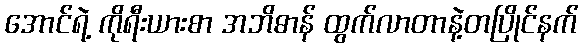
အောင်ရဲ့ ကိုရီးယားစာ အဘိဓာန် ထွက်လာတာနဲ့တပြိုင်နက်